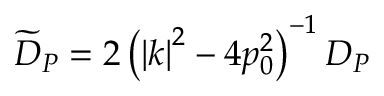
\widetilde { D } _ { P } = 2 \left( \left| k \right| ^ { 2 } - 4 p _ { 0 } ^ { 2 } \right) ^ { - 1 } D _ { P }